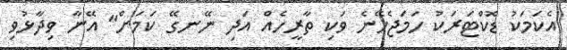
އެކަމަކު ޑޮކްޓަރަކު ހަމަޖެހޭނެ ވަކި ތާރީހެއް އަދި ނޭނގޭ ކަމަށް" އޭނާ ވިދާޅުވި